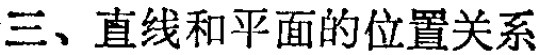
三、直线和平面的位置关系